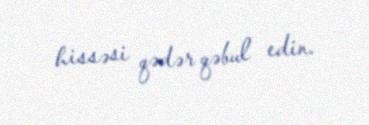
hissəsi qədər qəbul edin.